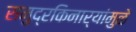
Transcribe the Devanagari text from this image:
समुद्रकिनार्‍यांमुळे